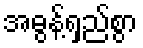
အဓွန့်ရှည်စွာ